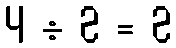
4 ÷ 2 = 2